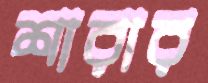
শারার